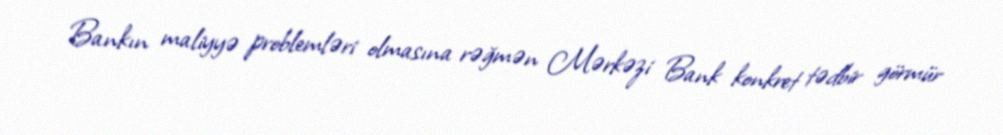
Bankın maliyyə problemləri olmasına rəğmən Mərkəzi Bank konkret tədbir görmür